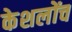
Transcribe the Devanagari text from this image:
केशलोंच